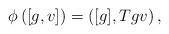
LaTeX: \begin{align*}\phi\left([g, v]\right)=\left([g], Tgv\right), \end{align*}